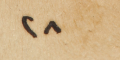
٢٨